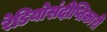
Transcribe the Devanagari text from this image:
रेडियोसंदीप्तिकारी